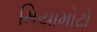
મિયામોટો